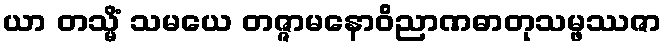
ယာ တသ္မိံ သမယေ တဇ္ဇာမနောဝိညာဏဓာတုသမ္ဖဿဇာ